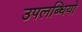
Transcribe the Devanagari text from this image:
उपलब्धियो